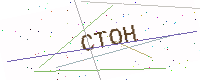
Text: CTOH